Vaccination in the Punjab 1919-1929 - 1919-1929
Year: 1919
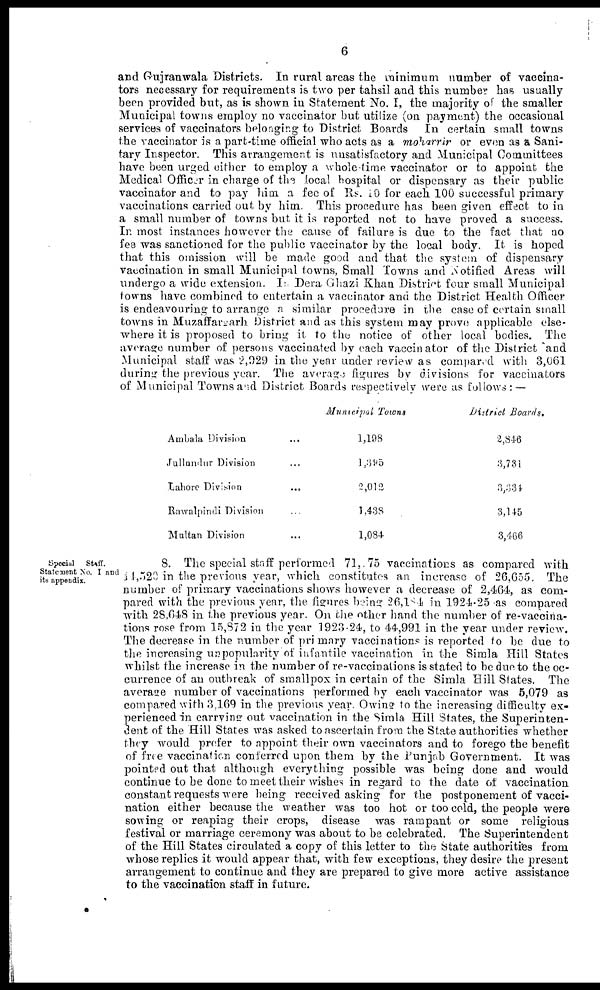
6
and Gujranwala Districts. In rural areas the minimum number of vaccina-
tors necessary for requirements is two per tahsil and this number has usually
been provided but, as is shown in Statement No. I, the majority of the smaller
Municipal towns employ no vaccinator but utilize (on payment) the occasional
services of vaccinators belonging to District Boards In certain small towns
the vaccinator is a part-time official who acts as a moharrir or even as a Sani-
tary Inspector. This arrangement is unsatisfactory and Municipal Committees
have been urged either to employ a whole-time vaccinator or to appoint the
Medical Officer in charge of the local hospital or dispensary as their public
vaccinator and to pay him a fee of Rs. 10 for each 100 successful primary
vaccinations carried out by him. This procedure has been given effect to in
a small number of towns but it is reported not to have proved a success.
In most instances however the cause of failure is due to the fact that no
fee was sanctioned for the public vaccinator by the local body. It is hoped
that this omission will be made good and that the system of dispensary
vaccination in small Municipal towns, Small Towns and Notified Areas will
undergo a wide extension. In Dera Ghazi Khan District four small Municipal
towns have combined to entertain a vaccinator and the District Health Officer
is endeavouring to arrange a similar procedure in the case of certain small
towns in Muzaffargarh District and as this system may prove applicable else-
where it is proposed to bring it to the notice of other local bodies. The
average number of persons vaccinated by each vaccinator of the District and
Municipal staff was 2,929 in the year under review as compared with 3,061
during the previous year. The average figures by divisions for vaccinators
of Municipal Towns and District Boards respectively were as follows: —
Ambala Division ...
Jullundur Division ...
Lahore Division
...
Rawalpindi Division ...
Multan Division ...
Municipal Towns
1,198
1,395
2,012
1,438
1,084
District Boards,
2,846
3,731
3,334
3,145
3,466
Special
Staff.
Statement No. I and
its appendix.
8. The special staff performed 71, 75 vaccinations as compared with
44,520 in the previous year, which constitutes an increase of 26,655 The
number of primary vaccinations shows however a decrease of 2,464, as com-
pared with the previous year, the figures being 26,104 in 1924-25 as compared
with 28,048 in the previous year. On the other hand the number of re-vaccina-
tions rose from 15,872 in the year 1923-24, to 44,991 in the year under review.
The decrease in the number of primary vaccinations is reported to be due to
the increasing unpopularity of infantile vaccination in the Simla Hill States
whilst the increase in the number of re-vaccinations is stated to be due to the oc-
currence of an outbreak of smallpox in certain of the Simla Hill States. The
average number of vaccinations performed by each vaccinator was 5,079 as
compared with 3,169 in the previous year. Owing to the increasing difficulty ex-
perienced in carrying out vaccination in the Simla Hill States, the Superinten-
dent of the Hill States was asked to ascertain from the State authorities whether
they would prefer to appoint their own vaccinators and to forego the benefit
of free vaccination conferred upon them by the Punjab Government. It was
pointed out that although everything possible was being done and would
continue to be done to meet their wishes in regard to the date of vaccination
constant requests were being received asking for the postponement of vacci-
nation either because the weather was too hot or too cold, the people were
sowing or reaping their crops, disease was rampant or some religious
festival or marriage ceremony was about to be celebrated. The Superintendent
of the Hill States circulated a copy of this letter to the State authorities from
whose replies it would appear that, with few exceptions, they desire the present
arrangement to continue and they are prepared to give more active assistance
to the vaccination staff in future.